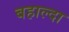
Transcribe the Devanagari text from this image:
बहाल्दा